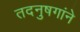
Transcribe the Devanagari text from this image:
तदनुषगांने